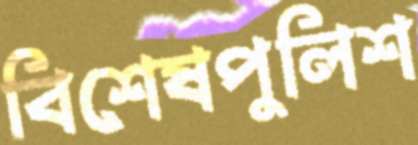
বিশেষপুলিশ